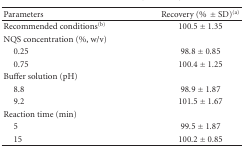
<table><thead><tr><td><b>Parameters</b></td><td><b>Recovery (% ± SD)<sup>(a)</sup></b></td></tr></thead><tbody><tr><td>Recommended conditions<sup>(b)</sup></td><td>100.5 ± 1.35</td></tr><tr><td>NQS concentration (%, w/v)</td><td></td></tr><tr><td> 0.25</td><td>98.8 ± 0.85</td></tr><tr><td> 0.75</td><td>100.4 ± 1.25</td></tr><tr><td>Buffer solution (pH)</td><td></td></tr><tr><td> 8.8</td><td>98.9 ± 1.87</td></tr><tr><td> 9.2</td><td>101.5 ± 1.67</td></tr><tr><td>Reaction time (min)</td><td></td></tr><tr><td> 5</td><td>99.5 ± 1.87</td></tr><tr><td> 15</td><td>100.2 ± 0.85</td></tr></tbody></table>